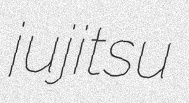
jujitsu